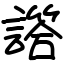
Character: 譗